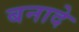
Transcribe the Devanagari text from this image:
बनादे